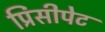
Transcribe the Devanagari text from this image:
प्रिंसीपेट